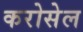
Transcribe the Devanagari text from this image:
करोसेल